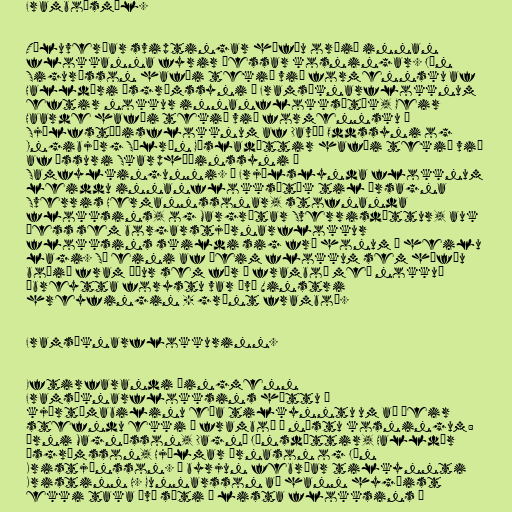
Framboðsmál.

Töluverðar sviptingar höfðu orðið innan
flokkanna fyrir þessar kosningar. Jón
Sigurðsson hafði tekið við formennsku af
Halldóri Ásgrímssyni í Framsóknarflokknum
eftir nokkur innanflokksátök, Geir
Haarde hafði tekið við formennsku í
Sjálfstæðisflokknum af Davíð Oddssyni og
Ingibjörg Sólrún Gísladóttir hafði tekið við
af Össuri Skarphéðinssyni í
Samfylkingunni. Í Frjálslynda flokknum
leiddu innanflokksátök til úrsagna
Sverris Hermannssonar, stofnanda
flokksins, og Margrétar Sverrisdóttur, auk
þess sem borgarstjórnarflokkur
flokksins skildi sig frá honum í heilu
lagi. Sá eini af þeim flokkum sem höfðu
boðið fram áður sem fór í framboð með nokkuð
óbreytta forystu var því Vinstri
hreyfingin - grænt framboð.

Framsóknarflokkurinn.

Eftirfarandi þingmenn
Framsóknarflokksins hættu á
kjörtímabilinu eða tilkynntu um að þeir
stefndu ekki á framboð í næstu kosningum:
Árni Magnússon, Dagný Jónsdóttir, Halldór
Ásgrímsson, Hjálmar Árnason og Jón
Kristjánsson. Í byrjun febrúar tilkynnti
Kristinn H. Gunnarsson að hann hygðist
ekki taka því sæti á lista flokksins í